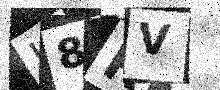
Text: H8RV